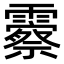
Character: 𬰓